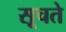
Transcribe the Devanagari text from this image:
सूचते